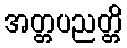
အတ္တပညတ္တိ